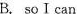
B. soⅠcan